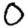
Digit: 0